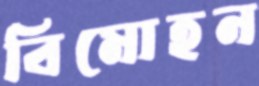
বিমোহন